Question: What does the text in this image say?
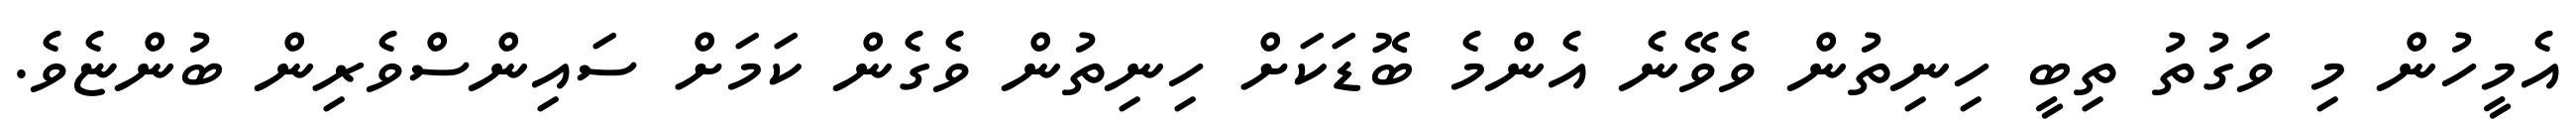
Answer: އެމީހުން މި ވަގުތު ތިބީ ހިނިތުން ވެވޭނެ އެންމެ ބޮޑަކަށް ހިނިތުން ވެގެން ކަމަށް ސައިންސްވެރިން ބުންޏެވެ.